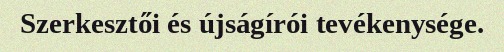
Szerkesztői és újságírói tevékenysége.